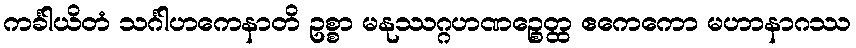
ကင်္ခါယိတံ သင်္ဂါဟကေနာတိ ဥစ္စာ မနုဿဂ္ဂဟဏဉ္စေတ္ထ ဧကေကော မဟာနာဂဿ